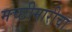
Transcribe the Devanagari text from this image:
मच्छीमारीचा